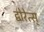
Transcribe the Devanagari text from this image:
द्वोरेत्स्